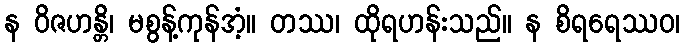
န ဝိဇဟန္တိ၊ မစွန့်ကုန်အံ့။ တဿ၊ ထိုရဟန်းသည်။ န စိရရေဿဝ၊